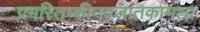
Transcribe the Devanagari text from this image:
प्रमस्तिष्कीनवजातकामला